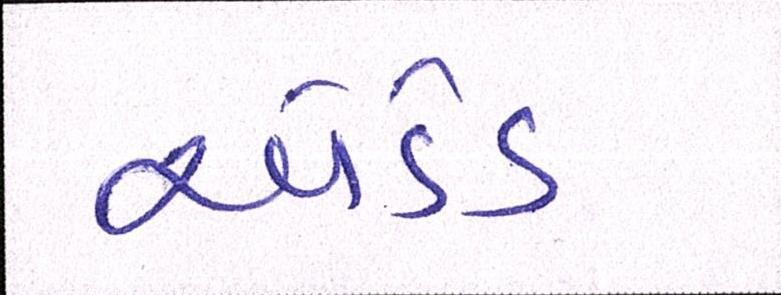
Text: એડેડ